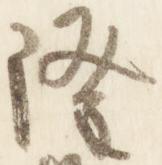
隆